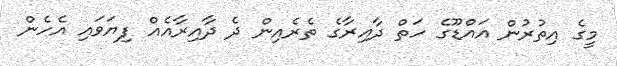
މީގެ އިތުރުން އައްޑޫގެ ހަތް ދާއިރާގެ ތެރެއިން ދެ ދާއިރާއެއް ފިޔަވައި އެހެން